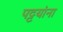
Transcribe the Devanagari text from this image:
पट्टयांना